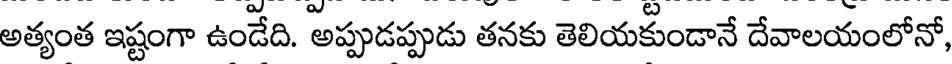
అత్యంత ఇష్టంగా ఉండేది. అప్పుడప్పుడు తనకు తెలియకుండానే దేవాలయంలోనో,